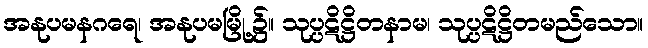
အနုပမနဂရေ၊ အနုပမမြို့၌။ သုပ္ပဋိဋ္ဌိတနာမ၊ သုပ္ပဋိဋ္ဌိတမည်သော။